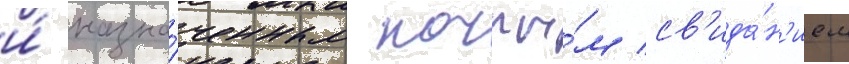
и́ назна́ченным ночны́м св'ида́н'ием